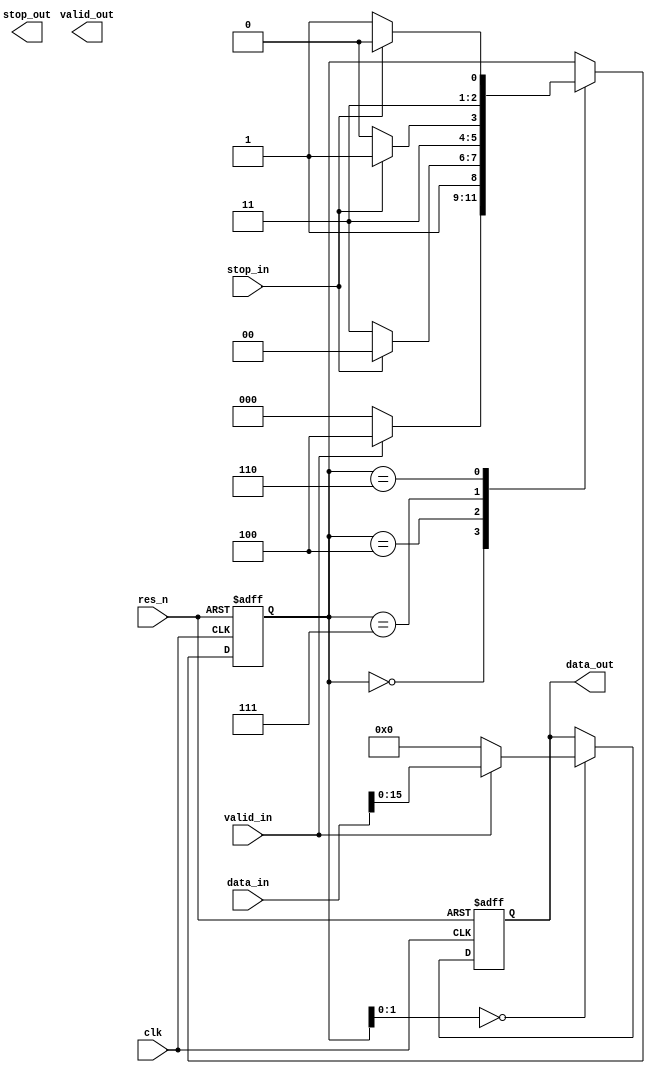
// This is a 64bit to 16bit serialiser.
// 


module ser_64_16(input wire clk, input wire res_n,
                 input wire valid_in, output wire valid_out,
                 input wire  stop_in, output wire stop_out,

                 input wire[63:0] data_in, output reg [15:0] data_out
                );


	reg[2:0] state;
	parameter EMPTY= 3'b0_00;
	parameter FIRST= 3'b1_00;
	parameter SECOND=3'b1_11;
	parameter THIRD= 3'b1_10;
	parameter FOURTH=3'b1_11;
	assign valid_out=state[3];
	always @(posedge clk or negedge res_n)
	begin
		if (res_n == 1'b0)
		begin // Go to idle state on reset.
			state <= EMPTY;
			// TODO: stop_out
		end
		else // posedge clk
		begin
			case(state)  // synopsys full_case
				EMPTY:
					if(valid_in == 1'b1) state <= FIRST;
					else state <= EMPTY;
				FIRST:
					if(stop_in == 1'b0) state <= SECOND;
					else state <= FIRST;
				SECOND:
					if(stop_in == 1'b0) state <= THIRD;
					else state <= SECOND;
				THIRD:
					if(stop_in == 1'b0) state <= FOURTH;
					else state <= THIRD;
				FOURTH:
					if(stop_in == 1'b0) state <= EMPTY;
					else state <= FOURTH;
			endcase
		end
	end

	reg[47:0] data;
	always @(posedge clk or negedge res_n)
	begin
		if (res_n == 1'b0)
		begin
			data_out <= 16'h0000;
			data <= 48'b000000000000;
		end
		else // posedge clk
		begin

			case(state[1:0]) // synopsys full_case
				EMPTY:
					if(valid_in)
					begin
						data_out <= data_in[15:0];
						data <= data_in[63:16];
					end
					else
					begin
						data_out <= 16'h0000;
						data <= 48'b000000000000;
					end
				FIRST:
					data_out <= data[15:0];
				SECOND:
					data_out <= data[31:16];
				THIRD:
					data_out <= data[47:32];
				FOURTH:
					if(valid_in)
					begin
						data_out <= data_in[15:0];
						data <= data_in[63:16];
					end
					else
					begin
						data_out <= 16'h0000;
						data <= 48'b000000000000;
					end

			endcase



		end
	end
endmodule